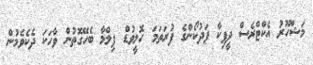
މަޝްހޫރު އެކްޓްރެސް ދީޕިކާ ޕަދުކޯންގެ ފުރަތަމަ ހޮލީވުޑް ފިލްމާ ބެހޭގޮތުން ވާހަކަ ދެކެވެމުން